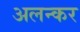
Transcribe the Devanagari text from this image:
अलन्कर